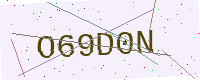
Text: O69D0N